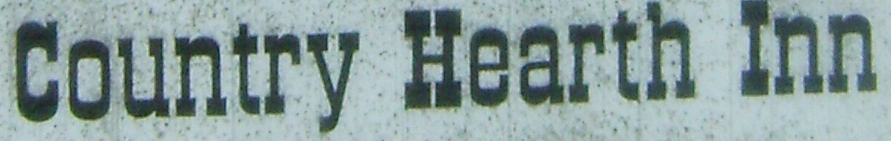
Country Hearth Inn